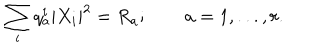
LaTeX: \sum _ { i } q _ { a } ^ { i } | X _ { i } | ^ { 2 } = R _ { a } ; \qquad a = 1 , . . . , r .